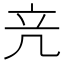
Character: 𥩕